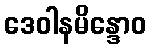
ဒေဝါနမိန္ဒောဝ